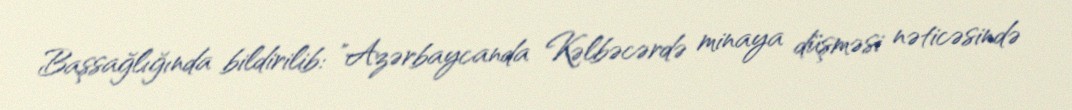
Başsağlığında bildirilib: "Azərbaycanda Kəlbəcərdə minaya düşməsi nəticəsində